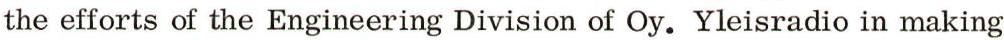
the efforts of the Engineering Division of Oy. Yleisradio in making